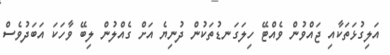
އަލިގުޅަތަކާއި ޖައްވުން ވެއްޓޭ ހިލަގަނޑުތަކުން ދުނިޔެ އަށް ގެއްލުން ލިބޭ ވާހަކަ އަބަދުވެސް